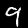
Label: 9